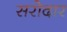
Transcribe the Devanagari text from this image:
सरोदार